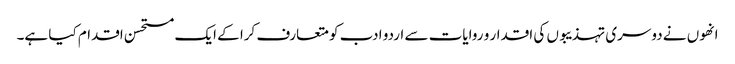
انھوں نے دوسری تہذیبوں کی اقدار و روایات سے اردو ادب کو متعارف کرا کے ایک مستحسن اقدام کیا ہے۔